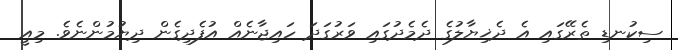
ސިކުނޑި ތެރޭގައި އެ ދެޚިޔާލުގެ ދެމެދުގައި ވަރުގަދަ ހައިޖާނެއް އުފެދިގެން ދިޔުމުންނެވެ. މިއީ